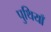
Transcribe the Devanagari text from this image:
पुथियाँ